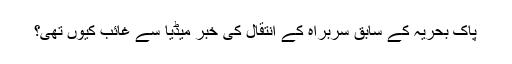
پاک بحریہ کے سابق سربراہ کے انتقال کی خبر میڈیا سے غائب کیوں تھی؟